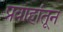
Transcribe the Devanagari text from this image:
प्रवाहांतून